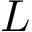
L